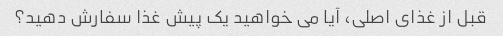
قبل از غذای اصلی، آیا می خواهید یک پیش غذا سفارش دهید؟